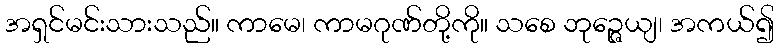
အရှင်မင်းသားသည်။ ကာမေ၊ ကာမဂုဏ်တို့ကို။ သစေ ဘုဉ္ဇေယျ၊ အကယ်၍